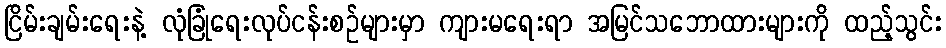
ငြိမ်းချမ်းရေးနဲ့ လုံခြုံရေးလုပ်ငန်းစဉ်များမှာ ကျားမရေးရာ အမြင်သဘောထားများကို ထည့်သွင်း